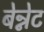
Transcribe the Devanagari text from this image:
बेन्नेट